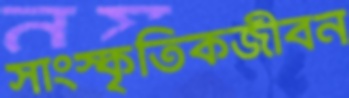
সাংস্কৃতিকজীবন